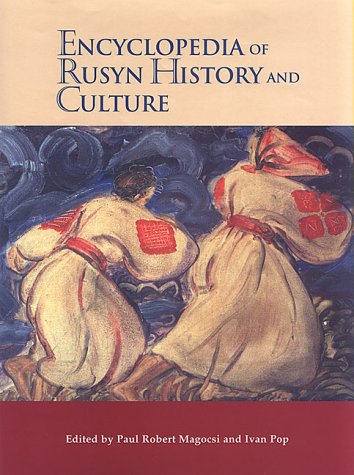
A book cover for Encyclopedia of Rusyn History and Culture; Paul Robert Magocsi; History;